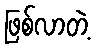
ဖြစ်လာတဲ့